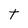
Character: t